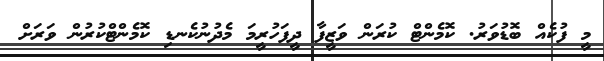
މީ ފުކެއް ބޮޑުވަރު. ކޮމެންޓް ކުރަން ވަޒީފާ ދީފަހުރީމަ މެދުނުކެނޑި ކޮމެންޓްކުރުން ވަރަށް